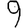
Digit: 9